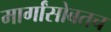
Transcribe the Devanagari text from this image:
मार्गांसोबतच